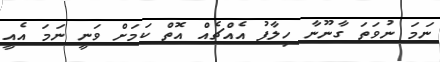
ނަމަ ނުވަތަ ގާނޫނާ ހިލާފު އެއްޗެއް އޮތް ކަމަށް ވަނީ ނަމަ އެއީ